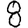
Digit: 8